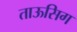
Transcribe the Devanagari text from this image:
ताऊसिग